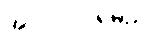
အလုပ်ဝင်ရမည်။